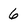
Character: 6